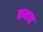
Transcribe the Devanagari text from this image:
कथात